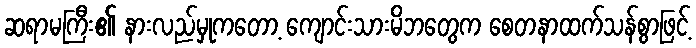
ဆရာမကြီး၏ နားလည်မှုကတော့ ကျောင်းသားမိဘတွေက စေတနာထက်သန်စွာဖြင့်